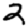
Digit: 2